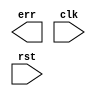
/* $Author: karu $ */
/* $LastChangedDate: 2009-03-04 23:09:45 -0600 (Wed, 04 Mar 2009) $ */
/* $Rev: 45 $ */
module proc (/*AUTOARG*/
   // Outputs
   err, 
   // Inputs
   clk, rst
   );

   input clk;
   input rst;

   output err;

   // None of the above lines can be modified

   // OR all the err ouputs for every sub-module and assign it as this
   // err output
   
   // As desribed in the homeworks, use the err signal to trap corner
   // cases that you think are illegal in your statemachines
   
   
   /* your code here */
   
endmodule // proc
// DUMMY LINE FOR REV CONTROL :0: